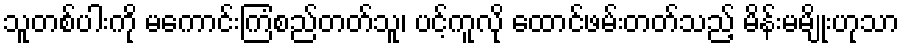
သူတစ်ပါးကို မကောင်းကြံစည်တတ်သူ၊ ပင့်ကူလို ထောင်ဖမ်းတတ်သည့် မိန်းမမျိုးဟုသာ